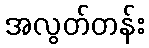
အလွတ်တန်း